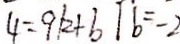
4 = 9 k + b \vert b = - 2